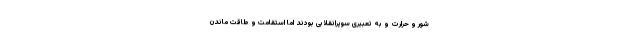
شور و حرارت و به تعبیری سوپرانقلابی بودند اما استقامت و طاقت ماندن